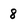
Character: 8